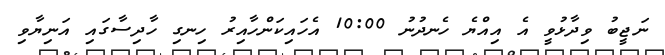
ނަޖީބު ވިދާޅުވީ އެ އިއްޔެ ހެނދުނު 10:00 އެހައިކަންހާއިރު ހިނގި ހާދިސާގައި އަނިޔާވި